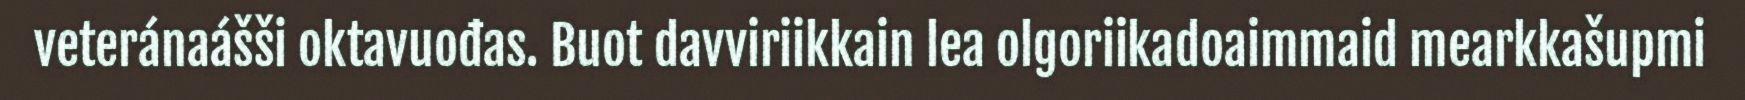
veteránaášši oktavuođas. Buot davviriikkain lea olgoriikadoaimmaid mearkkašupmi